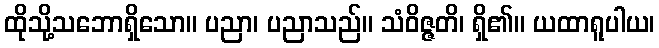
ထိုသို့သဘောရှိသော။ ပညာ၊ ပညာသည်။ သံဝိဇ္ဇတိ၊ ရှိ၏။ ယထာရူပါယ၊